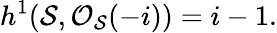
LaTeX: h^{1}({\cal S},{\cal O}_{\cal S}(-i))=i-1.